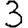
Digit: 3